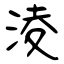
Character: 淩